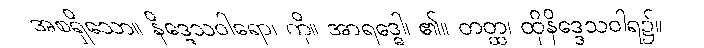
အစရှိသော။ နိဒ္ဒေသဝါရော၊ ကို။ အာရဒ္ဓေါ၊ ၏။ တတ္ထ၊ ထိုနိဒ္ဒေသဝါရ၌။